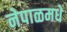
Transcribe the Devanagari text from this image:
नेपाळमधे